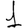
Digit: 1